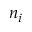
n _ { i }